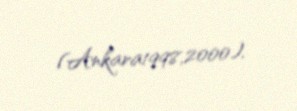
(Ankara1998,2000).